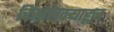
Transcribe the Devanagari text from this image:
चिखलदर्‍याहून